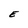
Character: E